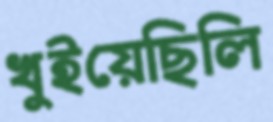
খুইয়েছিলি